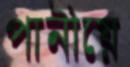
পানীয়ে